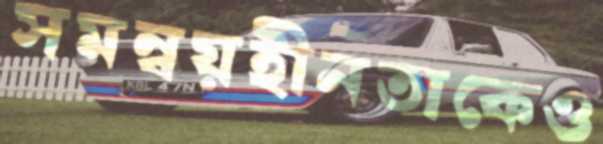
সমন্বয়হীনতাকেও